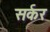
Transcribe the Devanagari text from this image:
सर्कर